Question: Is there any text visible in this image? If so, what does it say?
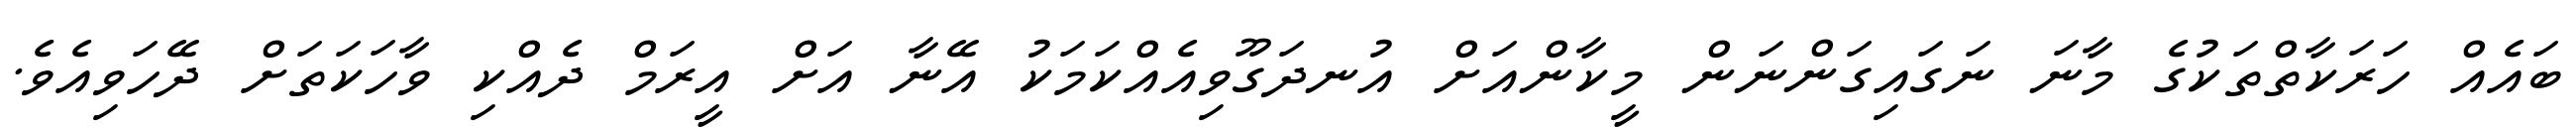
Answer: ބައެއް ހަރަކާތްތަކުގެ މާނަ ނަގައިގަންނަން މީކާންއަށް އުނދަގޫވިއެއްކަމަކު އޭނާ އަށް އީރަމް ދެއްކި ވާހަކަތަށް ދޭހަވިއެވެ.